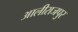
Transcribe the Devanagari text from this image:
आलीराजपुर